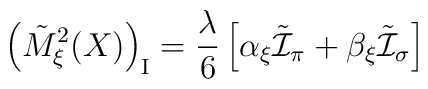
\left( \tilde{M}_\xi^2 (X) \right)_{\mbox{\scriptsize{I}}} = \frac{\lambda}{6} \left[ \alpha_\xi \tilde{\cal I}_\pi + \beta_\xi \tilde{\cal I}_\sigma \right]